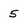
Character: 5